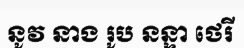
នូវ នាង រូប នន្ទា ថេរី